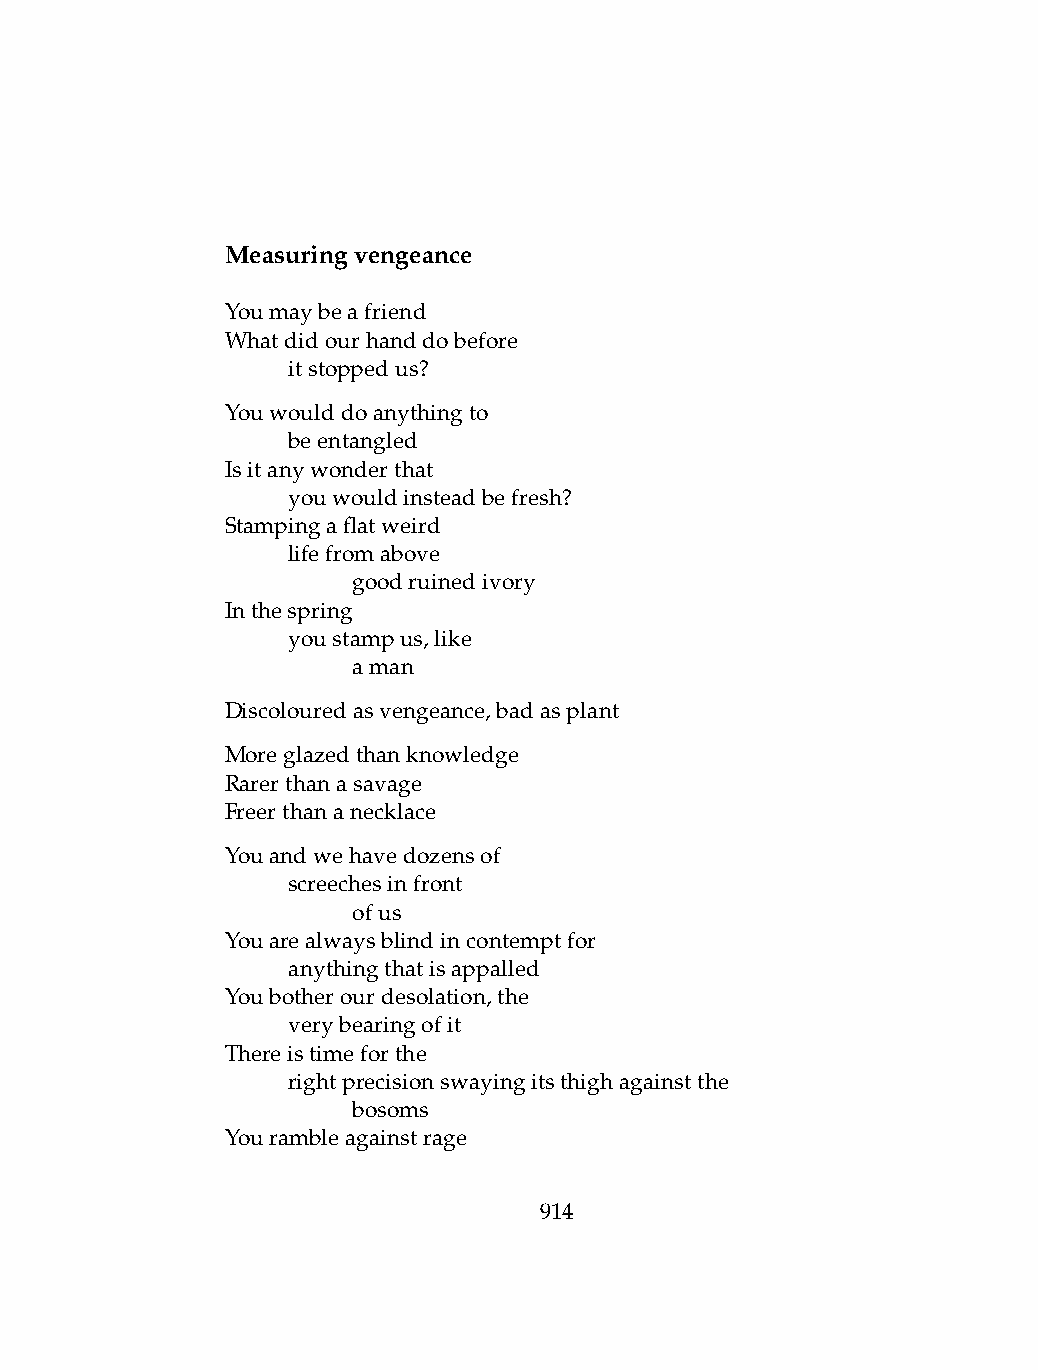
Measuringvengeance
 Youmaybeafriend
 Whatdidourhanddobefore
 .   itstoppedus?
 Youwoulddoanythingto
 .   beentangled
 Isitanywonderthat
 .   youwouldinsteadbefresh?
 Stampingaflatweird
 .   lifefromabove
 .   .   goodruinedivory
 Inthespring
 .   youstampus,like
 .   .   aman
 Discolouredasvengeance,badasplant
 Moreglazedthanknowledge
 Rarerthanasavage
 Freerthananecklace
 Youandwehavedozensof
 .   screechesinfront
 .   .   ofus
 Youarealwaysblindincontemptfor
 .   anythingthatisappalled
 Youbotherourdesolation,the
 .   verybearingofit
 Thereistimeforthe
 .   rightprecisionswayingitsthighagainstthe
 .   .   bosoms
 Yourambleagainstrage
 914